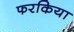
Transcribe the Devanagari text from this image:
फरकिया